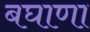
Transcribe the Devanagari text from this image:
बघाणा